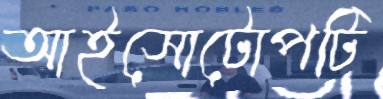
আইসোটোপটি